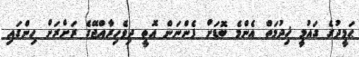
ޙަމީދުގެ ގައުމީ ޚިދުމަތް އެންމެ ބޮޑަށް ފެންނަން އޮތީ ދިވެހިރާއްޖޭގެ ރަށްރަށް ހިންގައި